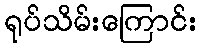
ရုပ်သိမ်းကြောင်း